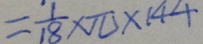
= \frac { 1 } { 1 8 } \times \pi \times 1 4 4